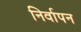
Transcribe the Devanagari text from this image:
निर्वापन